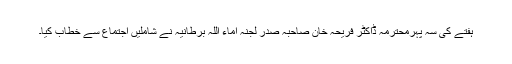
ہفتے کی سہ پہرمحترمہ ڈاکٹر فریحہ خان صاحبہ صدر لجنہ اماء اللہ برطانیہ نے شاملیں اجتماع سے خطاب کیا۔